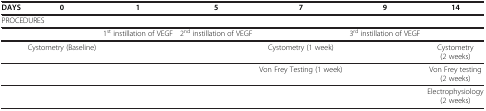
<table><thead><tr><td><b>DAYS</b></td><td><b>0</b></td><td><b>1</b></td><td><b>5</b></td><td><b>7</b></td><td><b>9</b></td><td><b>14</b></td></tr></thead><tbody><tr><td colspan="7">PROCEDURES</td></tr><tr><td> </td><td> </td><td>1<sup>st</sup> instillation of VEGF</td><td>2<sup>nd</sup> instillation of VEGF</td><td> </td><td>3<sup>rd </sup>instillation of VEGF</td><td> </td></tr><tr><td> </td><td>Cystometry (Baseline)</td><td> </td><td> </td><td>Cystometry (1 week)</td><td> </td><td>Cystometry (2 weeks)</td></tr><tr><td> </td><td> </td><td> </td><td> </td><td>Von Frey Testing (1 week)</td><td> </td><td>Von Frey testing (2 weeks)</td></tr><tr><td> </td><td> </td><td> </td><td> </td><td> </td><td> </td><td>Electrophysiology (2 weeks)</td></tr></tbody></table>